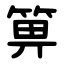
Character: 箅